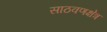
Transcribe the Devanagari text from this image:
साठवणक्षेत्र